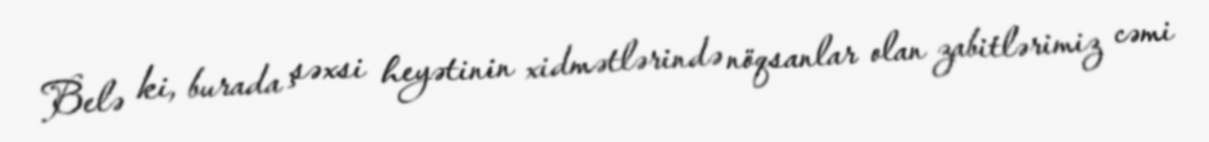
Belə ki, burada şəxsi heyətinin xidmətlərində nöqsanlar olan zabitlərimiz cəmi